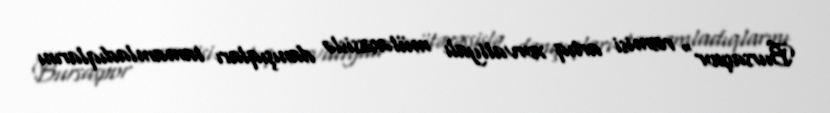
Bursaspor" rəsmisi artıq xorvatiyalı mütəxəssislə danışıqları tamamladıqlarını